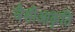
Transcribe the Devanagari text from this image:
जैसीआकृति